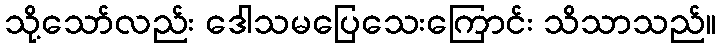
သို့သော်လည်း ဒေါသမပြေသေးကြောင်း သိသာသည်။